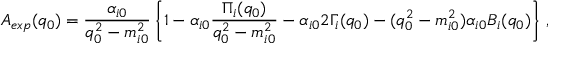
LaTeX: A _ { e x p } ( q _ { 0 } ) = \frac { \alpha _ { i 0 } } { q _ { 0 } ^ { 2 } - m _ { i 0 } ^ { 2 } } \left\{ 1 - \alpha _ { i 0 } \frac { \Pi _ { i } ( q _ { 0 } ) } { q _ { 0 } ^ { 2 } - m _ { i 0 } ^ { 2 } } - \alpha _ { i 0 } 2 \Gamma _ { i } ( q _ { 0 } ) - ( q _ { 0 } ^ { 2 } - m _ { i 0 } ^ { 2 } ) \alpha _ { i 0 } B _ { i } ( q _ { 0 } ) \right\} \, ,